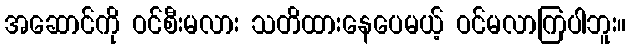
အဆောင်ကို ဝင်စီးမလား သတိထားနေပေမယ့် ဝင်မလာကြပါဘူး။